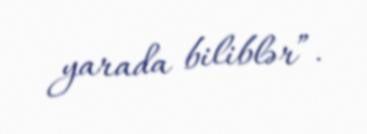
yarada biliblər”.